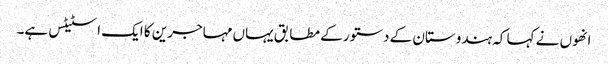
انھوں نے کہا کہ ہندوستان کے دستور کے مطابق یہاں مہاجرین کا ایک اسٹیٹس ہے۔